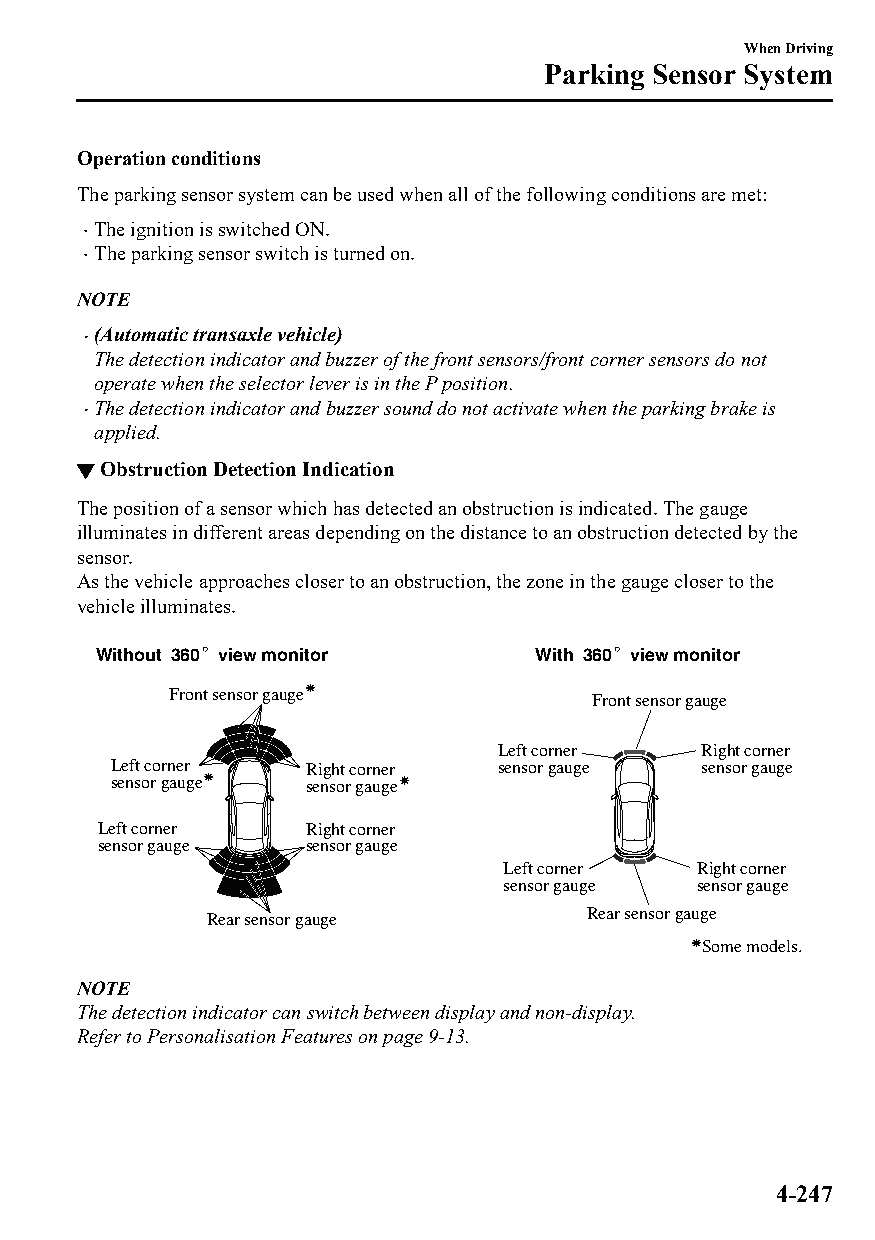
When Driving
 Parking Sensor System
 Operation conditions
 The parking sensor system can be used when all of the following conditions are met:
 The ignition is switched ON.
 
 The parking sensor switch is turned on.
 
 NOTE
 (Automatic transaxle vehicle)
 
 The detection indicator and buzzer of the front sensors/front corner sensors do not
 operate when the selector lever is in the P position.
 The detection indicator and buzzer sound do not activate when the parking brake is
 
 applied.
 ▼Obstruction Detection Indication
 The position of a sensor which has detected an obstruction is indicated. The gauge
 illuminates in different areas depending on the distance to an obstruction detected by the
 sensor.
 As the vehicle approaches closer to an obstruction, the zone in the gauge closer to the
 vehicle illuminates.
 Without 360。 v iew monitor   With 360。 v iew monitor
 Front sensor gauge          Front sensor gauge
 Left corner  Right corner
 Left corner  Right corner sensor gauge sensor gauge
 sensor gauge sensor gauge
 Left corner   Right corner
 sensor gauge  sensor gauge
 Left corner  Right corner
 sensor gauge sensor gauge
 Rear sensor gauge         Rear sensor gauge
 Some models.
 NOTE
 The detection indicator can switch between display and non-display.
 Refer to Personalisation Features on page 9-13.
 4-247
 CX-3_8GT4-EE-18D_Edition4                  2018-9-6 18:32:19